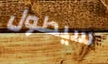
سيطول